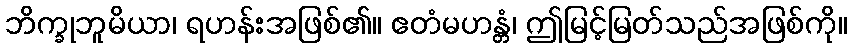
ဘိက္ခုဘူမိယာ၊ ရဟန်းအဖြစ်၏။ ဧတံမဟန္တံ၊ ဤမြင့်မြတ်သည်အဖြစ်ကို။